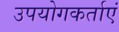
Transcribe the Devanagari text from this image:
उपयोगकर्ताएं